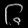
Digit: ၆